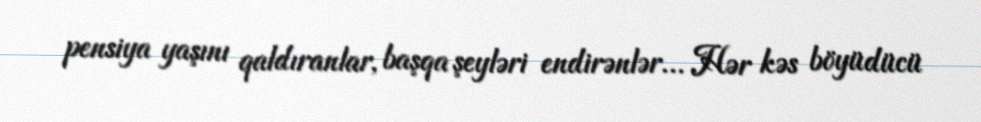
pensiya yaşını qaldıranlar, başqa şeyləri endirənlər... Hər kəs böyüdücü